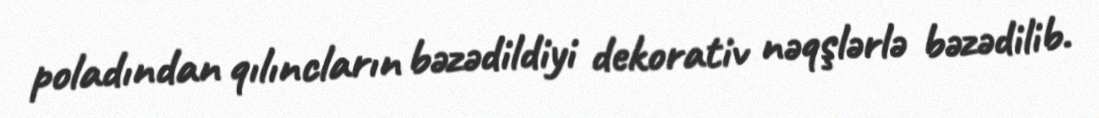
poladından qılıncların bəzədildiyi dekorativ nəqşlərlə bəzədilib.